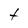
Character: t